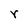
Character: r